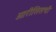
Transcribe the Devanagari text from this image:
ओरीसिसची